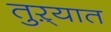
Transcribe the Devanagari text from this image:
तुऱ्यात